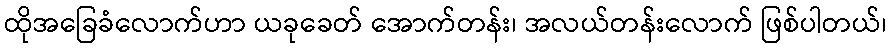
ထိုအခြေခံလောက်ဟာ ယခုခေတ် အောက်တန်း၊ အလယ်တန်းလောက် ဖြစ်ပါတယ်၊